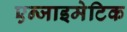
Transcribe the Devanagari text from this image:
एन्जाइमेटिक